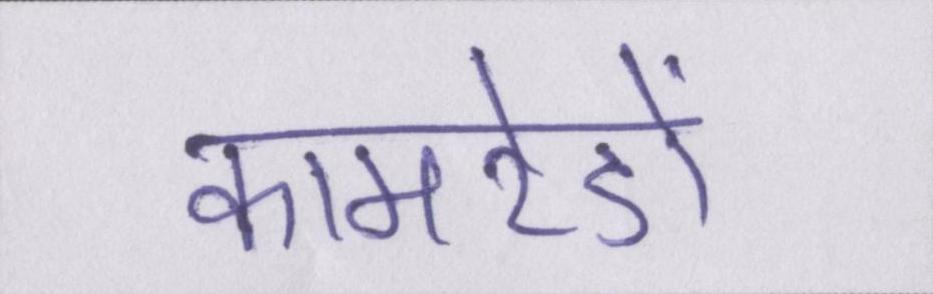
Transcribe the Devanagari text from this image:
कामरेडों